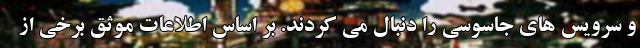
و سرویس های جاسوسی را دنبال می کردند. بر اساس اطلاعات موثق برخی از